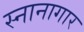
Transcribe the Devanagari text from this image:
स्‍नानागार